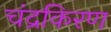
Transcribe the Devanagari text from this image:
चंद्रकिरण